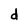
Character: d